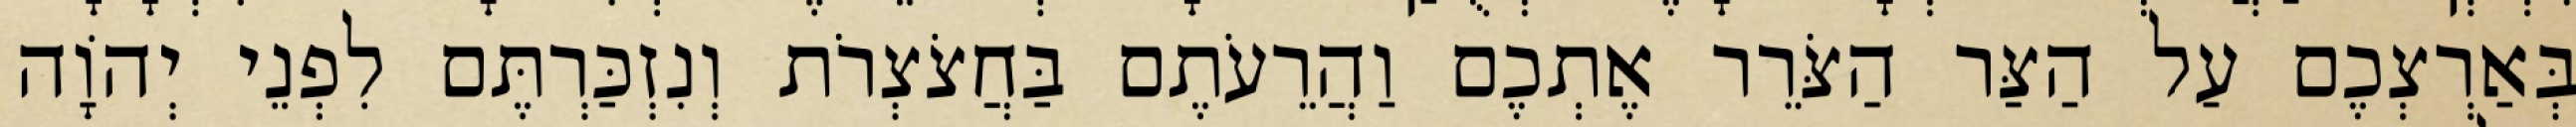
בְּאַרְצְכֶם עַל הַצַּר הַצֹּרֵר אֶתְכֶם וַהֲרֵעֹתֶם בַּחֲצֹצְרֹת וְנִזְכַּרְתֶּם לִפְנֵי יְהוָֹה